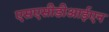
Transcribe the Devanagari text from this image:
एसएसीडीआईएन